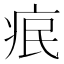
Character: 𤵤